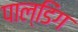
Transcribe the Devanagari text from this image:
पाल्डिंग